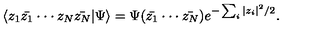
\langle z _ { 1 } \bar { z _ { 1 } } \cdot \cdot \cdot z _ { N } \bar { z _ { N } } | \Psi \rangle = \Psi ( \bar { z _ { 1 } } \cdot \cdot \cdot \bar { z _ { N } } ) e ^ { - \sum _ { i } | z _ { i } | ^ { 2 } / 2 } .